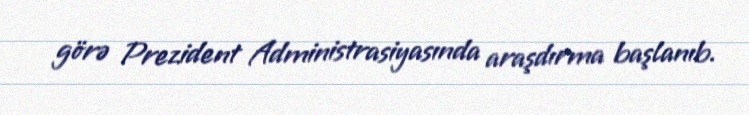
görə Prezident Administrasiyasında araşdırma başlanıb.